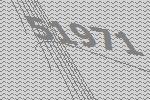
51971